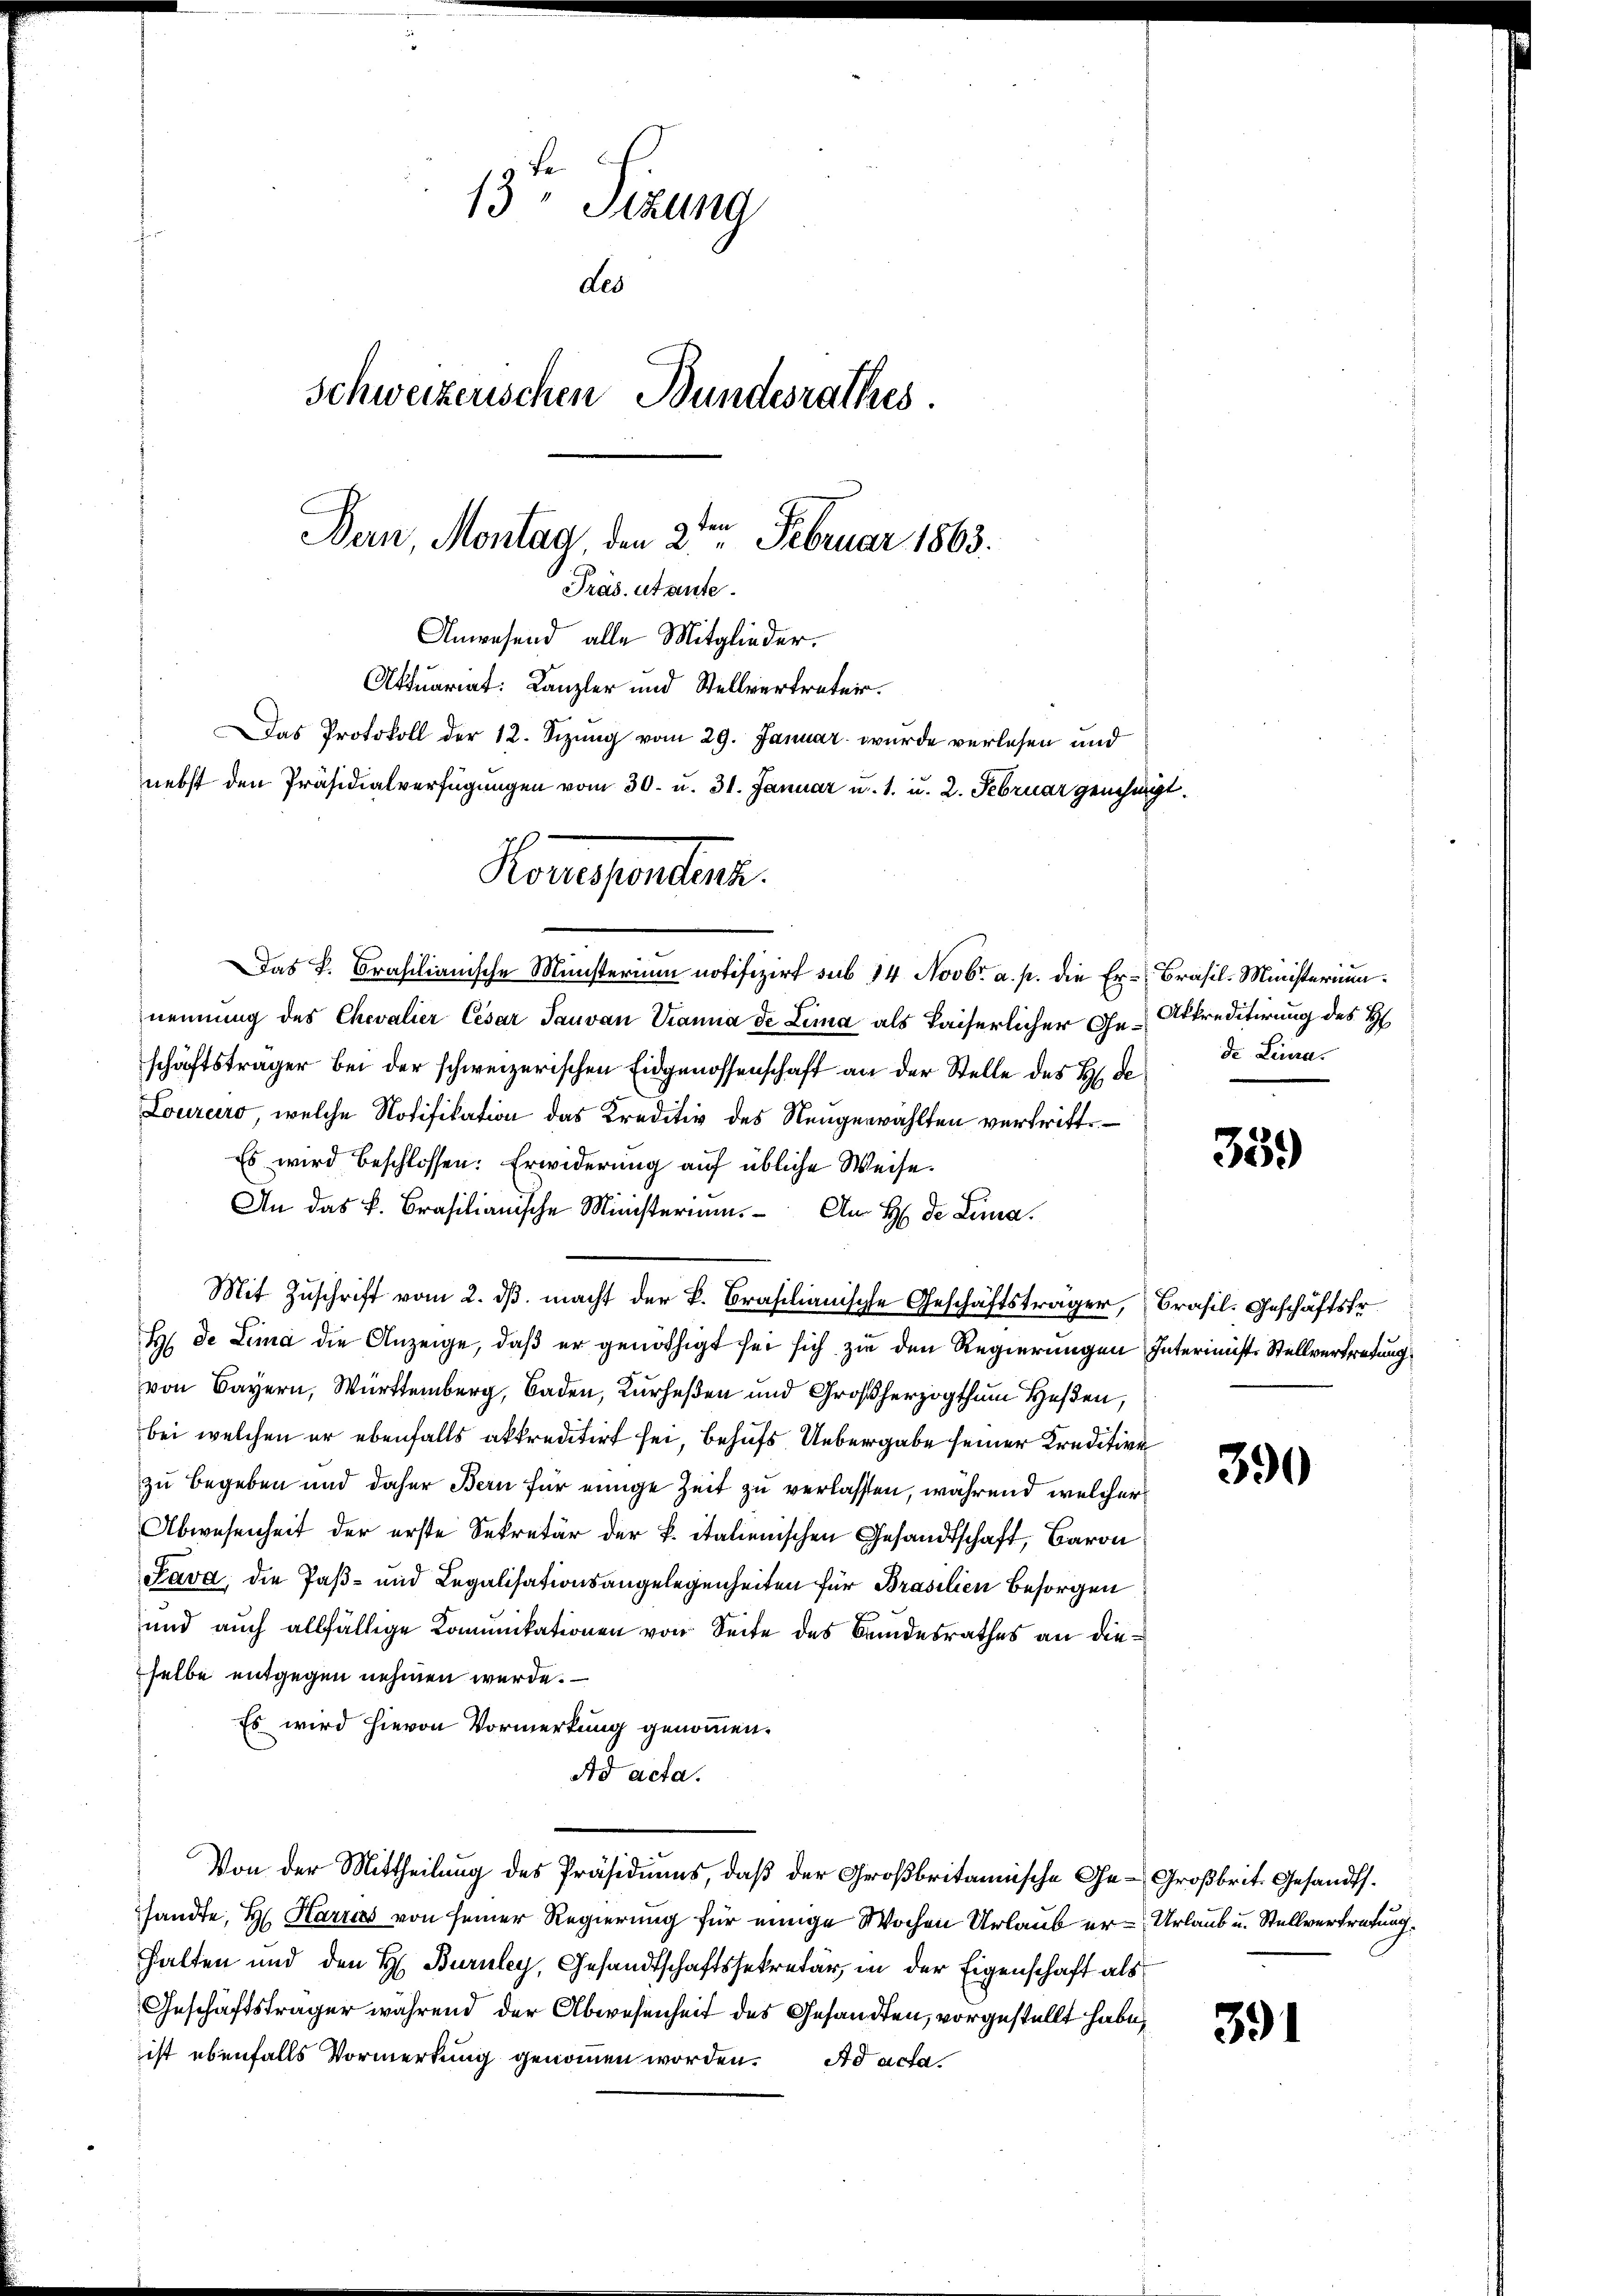
Honegsenten.
Das P. Brasilianische Münsterium notifizirt sub 14 Novbr. a. p. die Er-Brasil-Ministerium

13 Tizung
Les
Schweizerischen Bundesrathes.
Den, Montag, den 2ten Februar 1863.
Präs. strente.
Anwesend alle Mitglieder.
Aktuariat: Kanzler und Stellvertreten.
DDas Protokoll der 12. Sizung vom 29. Januar wurde verlesen und
nebst den Präsidialverfügungen vom 30. u. 31. Januar u. 1. u. 2. Februar genehmigt.

nennung des Chevalier Cesar Tauvan Tanna de Lima als Kaiserlicher Ge-Atkreditirung des H
schäftsträger bei der schweizerischen Eidgenossenschaft an der Stelle des B. de
Louraro, welche Notifikation das Kreditiv des Neugewählten vertritte¬
Es wird beschlossen: Erwiderung auf übliche Weise.
An das k. Brasilianische Ministerium. Am H. de Lina.
Mit Zuschrift vom 2. dβ macht der L. Braschanische Geschäftsträger, Brasil. Geschäftsfr.
E de Lima die Anzeige, daß er genöthigt sei sich zu den Regierungen Interimist Stellvertretung
von Bayern, Württemberg, Baden, Kurheßen und Großherzogthum He
bei welchen er ebenfalls akkreditirt sei, behufs Uebergabe seiner Kredition
zu begeben und daher Bern für einige Zeit zu verlassen, während welcher
Abwesenheit der erste Sekretär der k. italienischen Gesandtschaft, Baron
Pava, die Paß- und Legalisationsangelegenheiten für Brasilien besorgen
und auch allfällige Komunikationen von Seite des Bundesrathes an dieselbe entgegen nehmen werde.
Es wird hievon Vormerkung genommen.
Ad acta.
Von der Mittheilung des Präsidiums, daß der Großbritannische Ge-Großbrit. Gesandt.
sandte, H. Karres von seiner Regierung für einige Wochen Urlaub er - Urlaub u. Stellvertretung.
halten und den H. Buruley, Gesandtschaftssekretär, in der Eigenschaft als
Geschäftsträger während der Abwesenheit des Gesandten, vorgestellt habe,
ist ebenfalls Vormerkung genommen worden. Ad acta.

de Lina.

359)

390

391